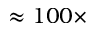
\approx 1 0 0 \times